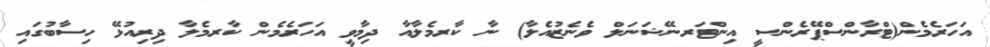
އަހަރެމެން(ޓްރާންސްޕޭރެންސީ އިންޓަރނޭޝަނަލް ވެނެޒުއެލާ) ނާ ކާރމެލާއާ ދިމާވީ އަހަރެމެން ކާރމެލާ ދިރިއުޅޭ ހިސާބުގައި